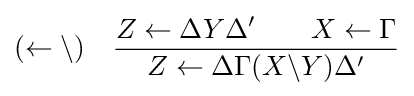
(\leftarrow \backslash )\quad {Z\leftarrow \Delta Y\Delta '\qquad X\leftarrow \Gamma  \over Z\leftarrow \Delta \Gamma (X\backslash Y)\Delta '}